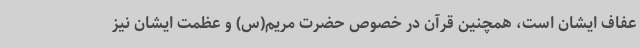
عفاف ایشان است، همچنین قرآن در خصوص حضرت مریم(س) و عظمت ایشان نیز